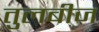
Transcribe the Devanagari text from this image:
तुलबीज